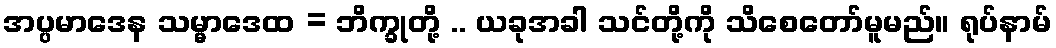
အပ္ပမာဒေန သမ္မာဒေထ = ဘိက္ခုတို့ .. ယခုအခါ သင်တို့ကို သိစေတော်မူမည်။ ရုပ်နာမ်